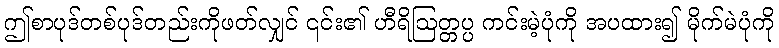
ဤစာပုဒ်တစ်ပုဒ်တည်းကိုဖတ်လျှင် ၎င်း၏ ဟီရိဩတ္တပ္ပ ကင်းမဲ့ပုံကို အပထား၍ မိုက်မဲပုံကို